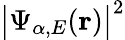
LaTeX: \big|\Psi_{\alpha,E}(\textbf{r})\big|^{2}